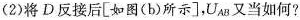
(2)将D反接后[如图(b)所示]，U_{AB}又当如何?